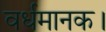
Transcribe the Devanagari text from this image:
वर्धमानक।